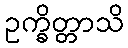
ဥက္ခိတ္တာသိ